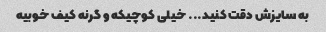
به سایزش دقت کنید... خیلی کوچیکه و گرنه کیف خوبیه